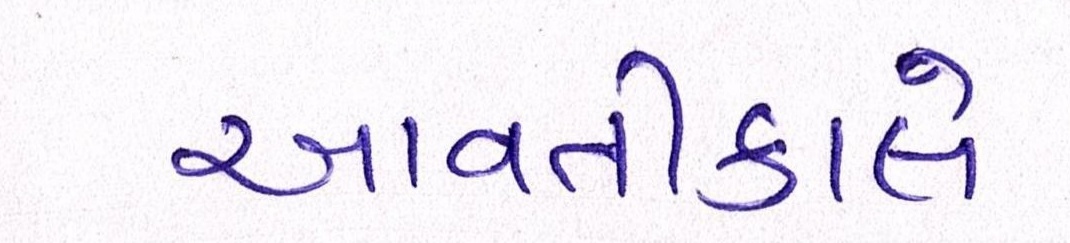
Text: આવતીકાલે